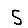
Digit: 5